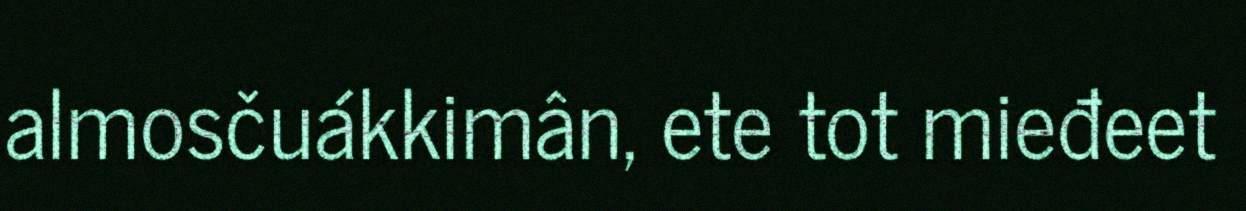
almosčuákkimân, ete tot mieđeet